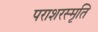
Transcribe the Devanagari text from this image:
पराशरस्मृति